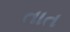
તાત